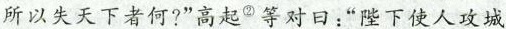
所以失天下者何?”高起^{②}等对日：”陛下使人攻城